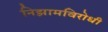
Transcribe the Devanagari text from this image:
निझामविरोधी